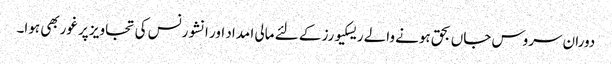
دوران سروس جاں بحق ہونے والے ریسکیورز کے لئے مالی ا مداد اور انشورنس کی تجاویز پر غوربھی ہوا۔